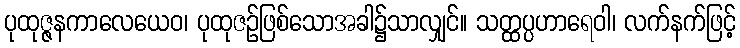
ပုထုဇ္ဇနကာလေယေဝ၊ ပုထုဇဉ်ဖြစ်သောအခါ၌သာလျှင်။ သတ္ထပ္ပဟာရေဝါ၊ လက်နက်ဖြင့်